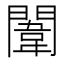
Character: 闈